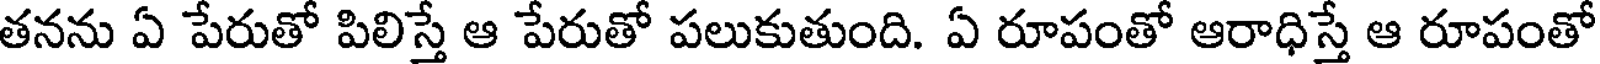
తనను ఏ పేరుతో పిలిస్తే ఆ పేరుతో పలుకుతుంది. ఏ రూపంతో ఆరాధిస్తే ఆ రూపంతో